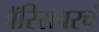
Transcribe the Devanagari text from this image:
पॅरिसवरचं